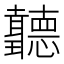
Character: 𦘏